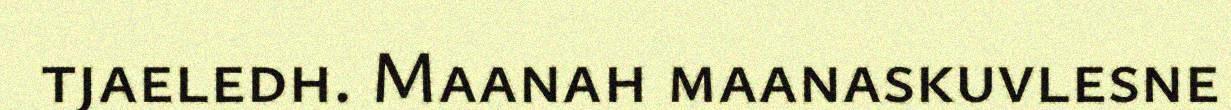
tjaeledh. Maanah maanaskuvlesne